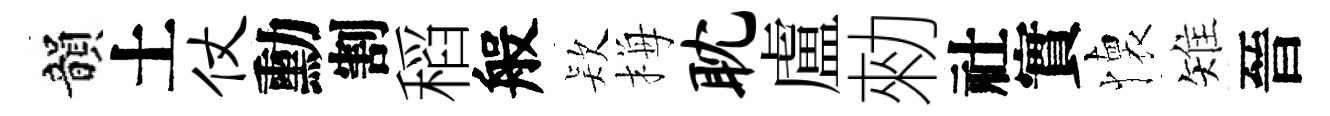
韻土仗勳割稻般𣣇梅耽盧勑社實懐雉晉